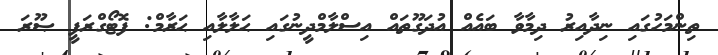
ތިންމަހުގައި ނިދާއިރު ދިމާވާ ބައެއް އުދަގޫތައް އިސްލާމްދީނުގައި ޙަލާލާއި ޙަރާމް: ފޮޓޯގްރަފީ ޞޫރަ